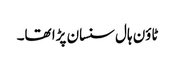
ٹاؤن ہال سنسان پڑا تھا۔